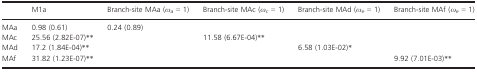
<table><thead><tr><td></td><td><b>M1a</b></td><td><b>Branch-site MAa (<i>ω</i><sub><i>a</i></sub> = 1)</b></td><td><b>Branch-site MAc (<i>ω</i><sub><i>c</i></sub> = 1)</b></td><td><b>Branch-site MAd (<i>ω</i><sub><i>e</i></sub> = 1)</b></td><td><b>Branch-site MAf (<i>ω</i><sub><i>e</i></sub> = 1)</b></td></tr></thead><tbody><tr><td>MAa</td><td>0.98 (0.61)</td><td>0.24 (0.89)</td><td></td><td></td><td></td></tr><tr><td>MAc</td><td>25.56 (2.82E-07)**</td><td></td><td>11.58 (6.67E-04)**</td><td></td><td></td></tr><tr><td>MAd</td><td>17.2 (1.84E-04)**</td><td></td><td></td><td>6.58 (1.03E-02)*</td><td></td></tr><tr><td>MAf</td><td>31.82 (1.23E-07)**</td><td></td><td></td><td></td><td>9.92 (7.01E-03)**</td></tr></tbody></table>